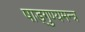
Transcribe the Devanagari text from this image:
षाड्गुण्यमन्त्र